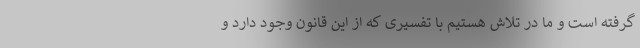
گرفته است و ما در تلاش هستیم با تفسیری که از این قانون وجود دارد و